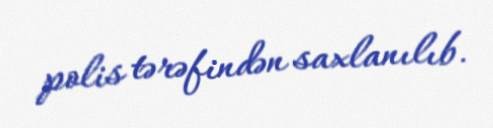
polis tərəfindən saxlanılıb.